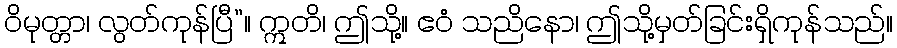
ဝိမုတ္တာ၊ လွတ်ကုန်ပြီ”။ ဣတိ၊ ဤသို့။ ဧဝံ သညိနော၊ ဤသို့မှတ်ခြင်းရှိကုန်သည်။